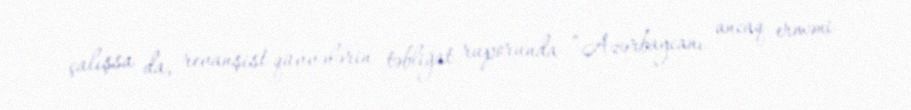
çalışsa da, revanşist qüvvələrin təbliğat ruporunda “Azərbaycanı ancaq erməni